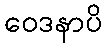
ဝေဒနာပိ